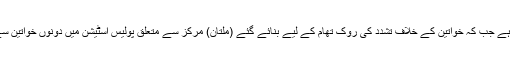
محمد راشد نے بتایا کہ مرکزی ملزم کو گرفتار کر لیا گیا ہے جب کہ خواتین کے خلاف تشدد کی روک تھام کے لیے بنائے گئے (ملتان) مرکز سے متعلق پولیس اسٹیشن میں دونوں خواتین سے مبینہ جنسی زیادتی کے مقدمات درج کر لیے گئے ہیں۔